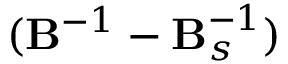
( \mathbf { B } ^ { - 1 } - \mathbf { B } _ { s } ^ { - 1 } )